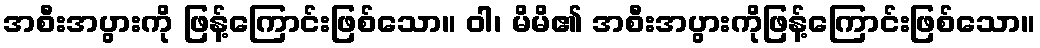
အစီးအပွားကို ဖြန့်ကြောင်းဖြစ်သော။ ဝါ၊ မိမိ၏ အစီးအပွားကိုဖြန့်ကြောင်းဖြစ်သော။